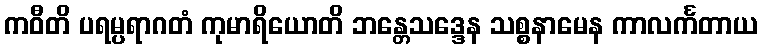
ကဝီတိ ပရမ္ပရာဂတံ ကုမာရိယောတိ ဘန္တေသဒ္ဒေန သစ္စနာမေန ကာလင်္ကတာယ